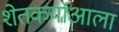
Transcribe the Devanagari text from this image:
शेतकर्याआला